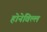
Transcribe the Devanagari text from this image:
होनेविल्ल